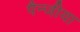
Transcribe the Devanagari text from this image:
पैन्जीया